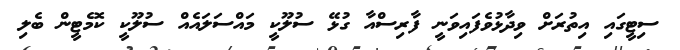
ސިޓީގައި އިތުރަށް ވިދާޅުވެފައިވަނީ ފާރިސްއާ ގުޅޭ ސުލޫކީ މައްސަލައެއް ސުލޫކީ ކޮމެޓީން ބެލި